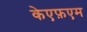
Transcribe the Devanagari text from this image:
केएफ़एम